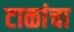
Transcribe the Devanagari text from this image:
टाळांचा